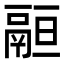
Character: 𩰵